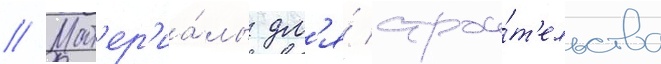
// Мат'ер'иа́лы дл'я́ строи́т'ельства